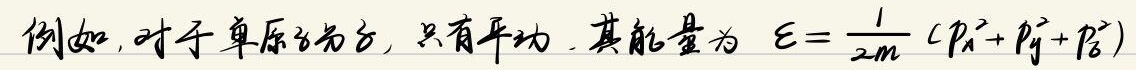
例如，对于单原子分子，只有平动，其能量为 \(E = \frac{1}{2m}(p_x^2 + p_y^2 + p_z^2)\)。